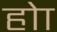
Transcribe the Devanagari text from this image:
होा